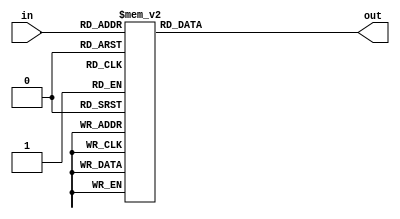
module Selection(in,out);
// the output of out depends on 2integer bits and 1 fractional bit of the input

input [2:0] in;
output [1:0]out;
reg[1:0] out;

always @*
case(in)
	3'b011: out<=2'b10;
	3'b010: out<=2'b10;
	3'b001: out<=2'b10;
	3'b000: out<=2'b00;
	3'b111: out<=2'b00;
	3'b110: out<=2'b01;
	3'b101: out<=2'b01;
	3'b100: out<=2'b01;
endcase

endmodule